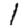
Digit: 1